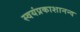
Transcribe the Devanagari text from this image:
स्वयंप्रकाशानन्द